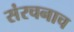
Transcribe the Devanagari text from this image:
संरचनाच